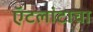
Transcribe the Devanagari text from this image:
ऍटलांटाचा